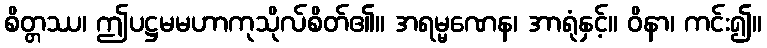
စိတ္တဿ၊ ဤပဋ္ဌမမဟာကုသိုလ်စိတ်၏။ အရမ္မဏေန၊ အာရုံနှင့်။ ဝိနာ၊ ကင်း၍။